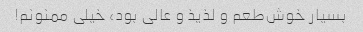
بسیار خوش‌طعم و لذیذ و عالی بود، خیلی ممنونم!